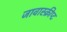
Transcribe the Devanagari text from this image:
जावास्क्रीप्ट